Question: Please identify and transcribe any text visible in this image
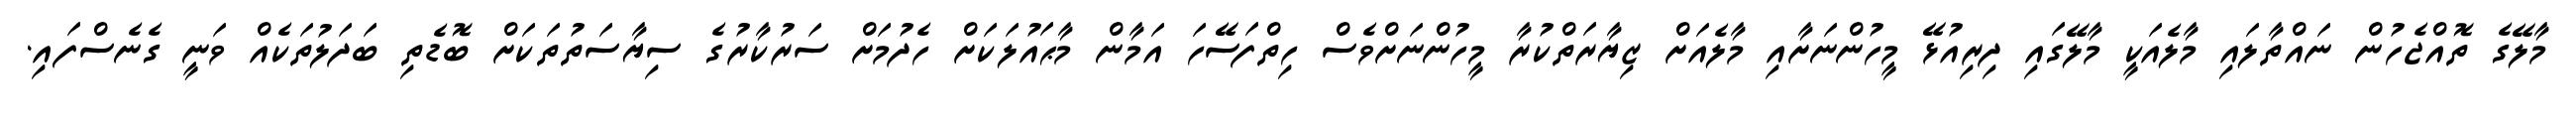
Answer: މާލޭގެ ތޮއްޖެހުން ނައްތާލައި މާލެއަކީ މާލޭގައި ދިރިއުޅޭ މީހުންނަށާއި މާލެއަށް ޒިޔާރަތްކުރާ މީހުންނަށްވެސް ހިތްފަސޭހަ އަމާން މާޙައުލަކަށް ހެދުމަށް ސަރުކާރުގެ ސިޔާސަތުތަކަށް ބޮޑެތި ބަދަލުތަކެއް ވަނީ ގެނެސްފައި.